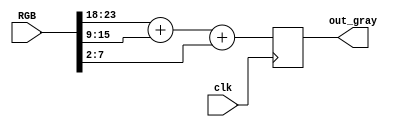
module gray(
    input               clk,
    input       [23:0]  RGB,
    output  reg [7:0]   out_gray
);
    wire    [7:0]   sum;

    assign sum = RGB[23:18] + RGB[15:9] + RGB[7:2]; // b/4 r/4 g/2

    always @(posedge clk)
        out_gray    <=  sum;

endmodule